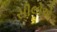
સીલોએ